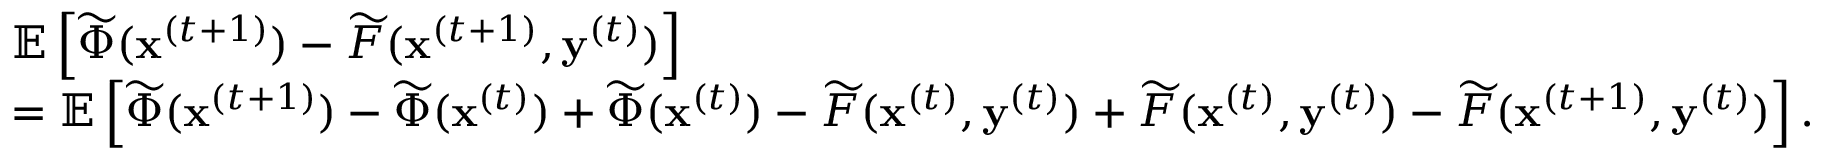
\begin{array} { r l } & { \mathbb E \left[ { \widetilde { \Phi } } ( { \mathbf x ^ { ( t + 1 ) } } ) - { \widetilde { F } } ( { \mathbf x ^ { ( t + 1 ) } } , { \mathbf y ^ { ( t ) } } ) \right] } \\ & { = \mathbb E \left[ { \widetilde { \Phi } } ( { \mathbf x ^ { ( t + 1 ) } } ) - { \widetilde { \Phi } } ( { \mathbf x ^ { ( t ) } } ) + { \widetilde { \Phi } } ( { \mathbf x ^ { ( t ) } } ) - { \widetilde { F } } ( { \mathbf x ^ { ( t ) } } , { \mathbf y ^ { ( t ) } } ) + { \widetilde { F } } ( { \mathbf x ^ { ( t ) } } , { \mathbf y ^ { ( t ) } } ) - { \widetilde { F } } ( { \mathbf x ^ { ( t + 1 ) } } , { \mathbf y ^ { ( t ) } } ) \right] . } \end{array}